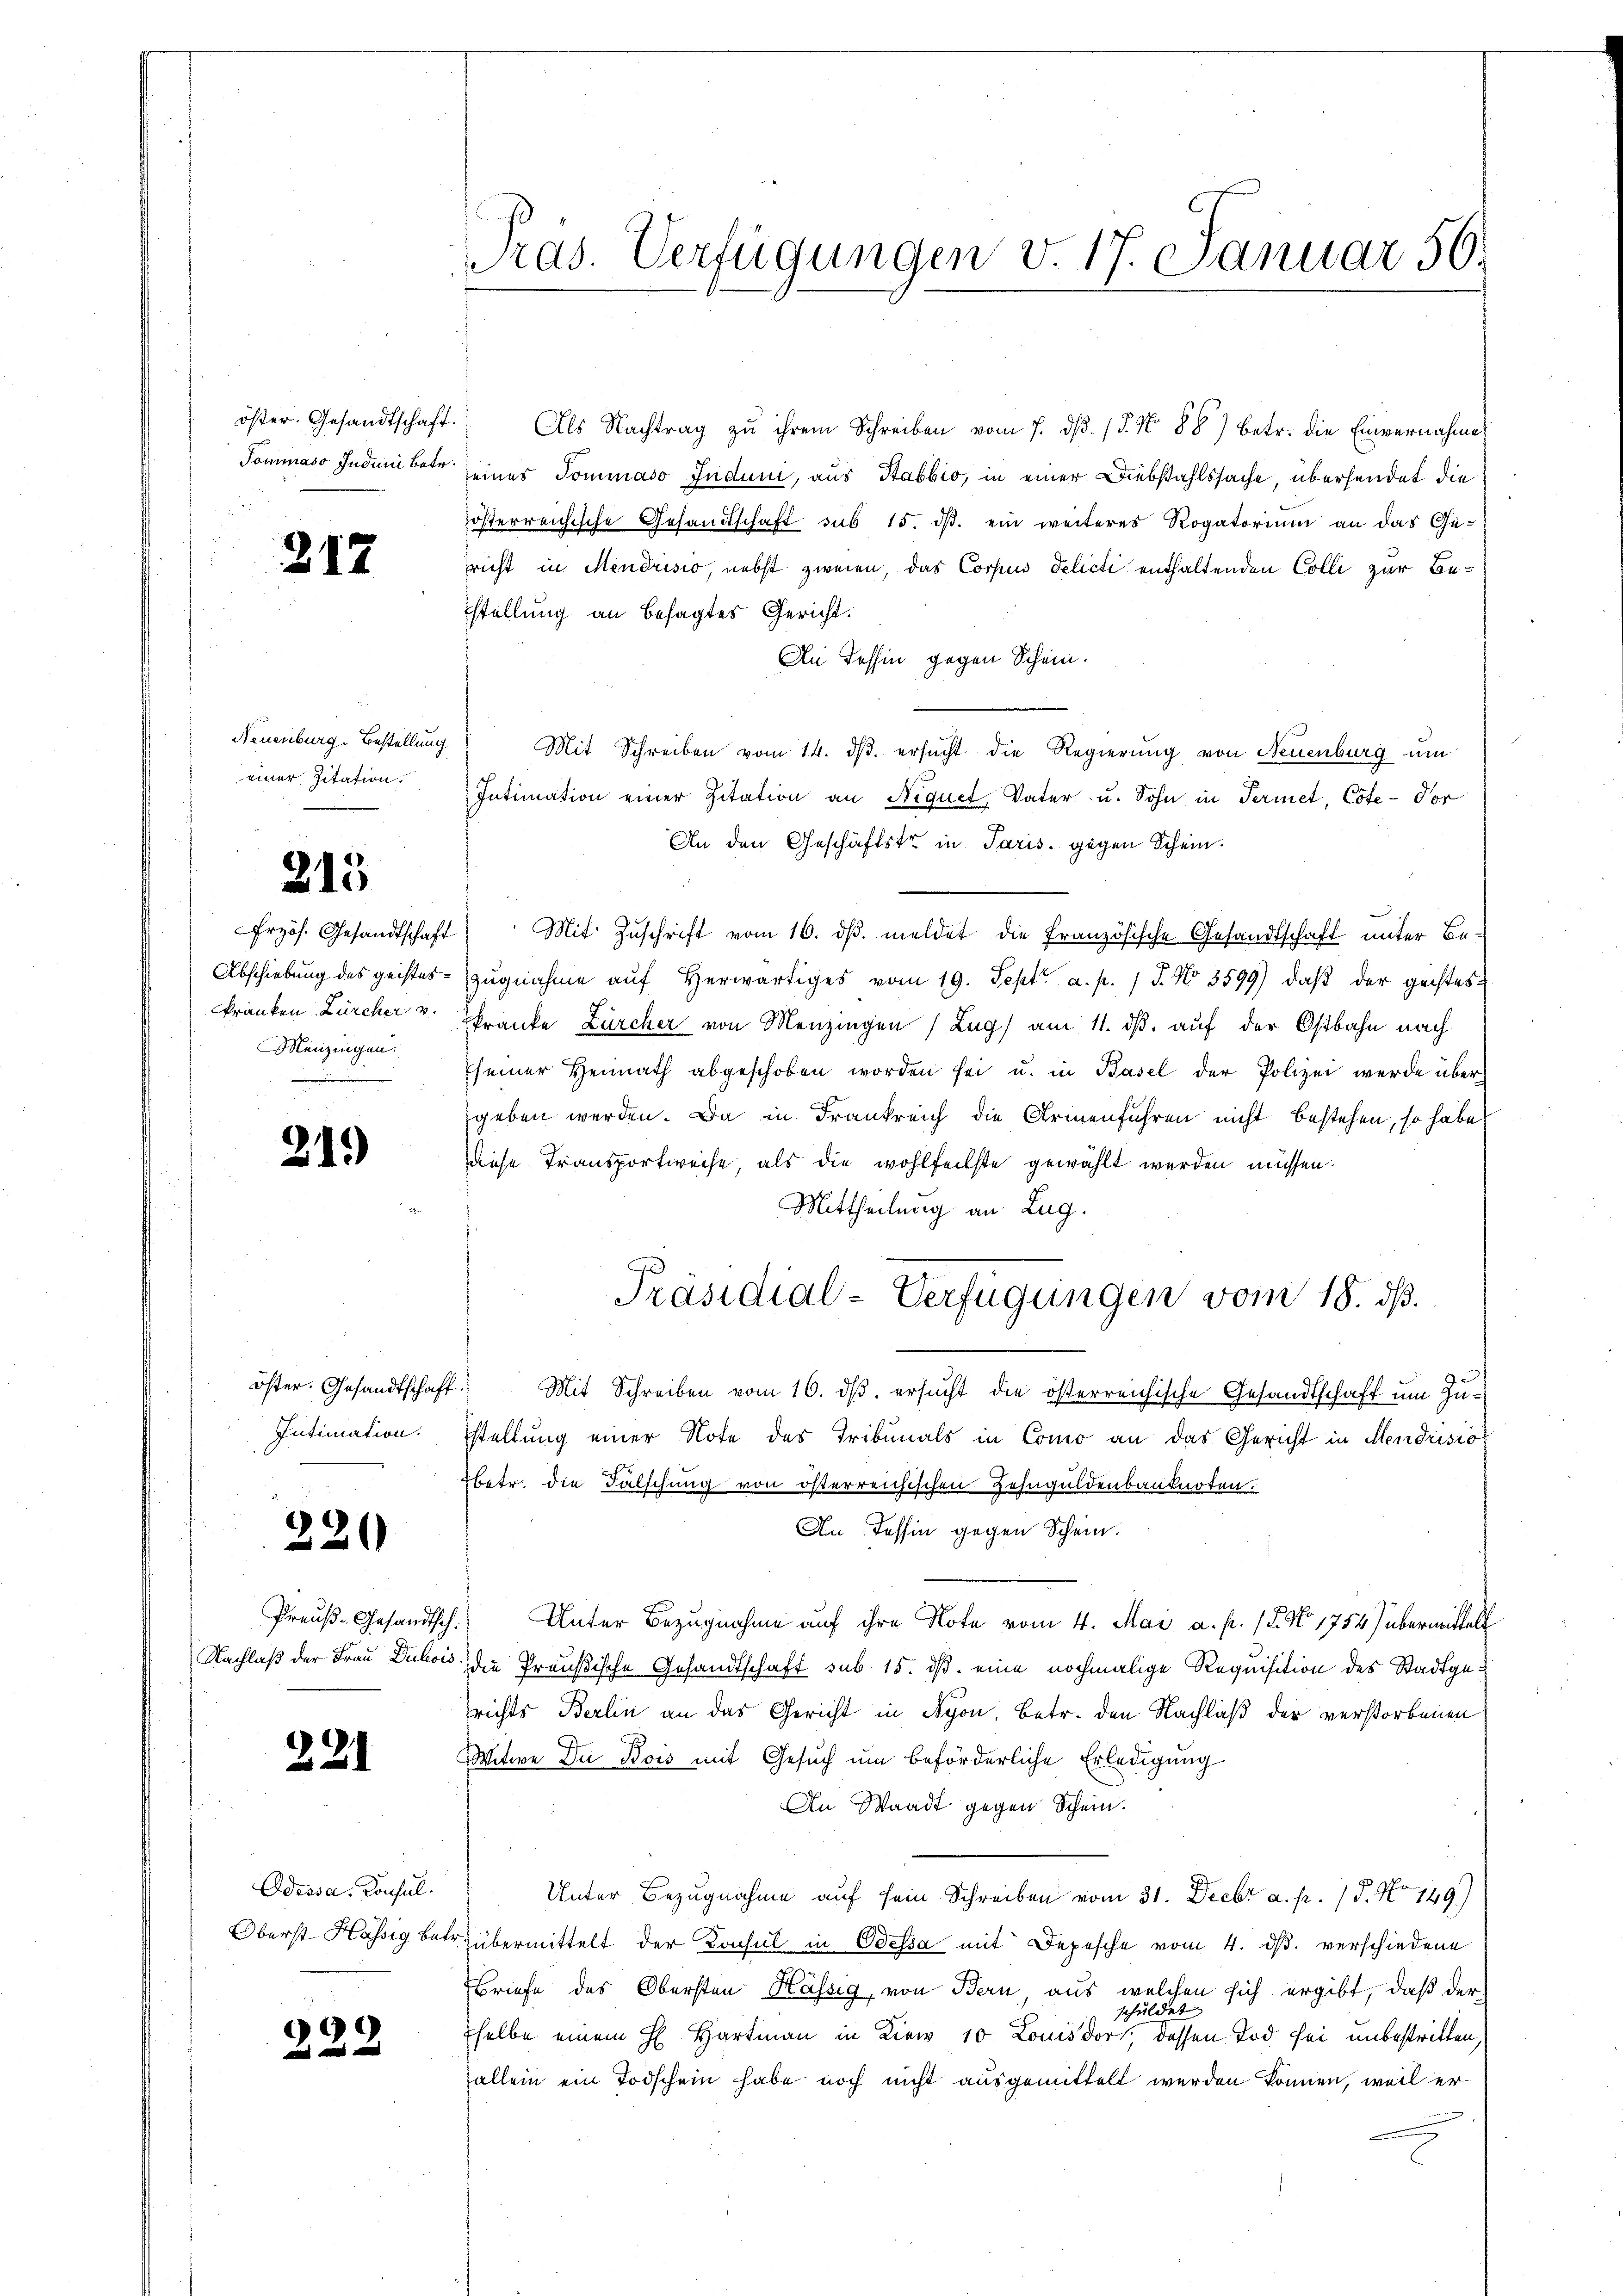
öster. Gesandtschaft.
Tommaso Juduni betr.

217

Neuenburg. Bestellung
einer Zitation.

215

Erzös. Gesandtschaft
Abschiebung des geistes
kranken Zürcher v
Menzingen.

219)

öster. Gesandtschaft
Intimation.

220

Preuß. Gesandtsch
Nachlaß der Frau Dubois

221

Odessa, Consul
Oberst Hässig bete

322

Pras. Verfügungen v. 17. Januar 50.

Als Nachtrag zu ihrem Schreiben vom 7. dβ. / 5. No 88) betr. die Einvernahme
seines Sommaso Judum, aus Stabbio, in einer Diebstahlssache, übersendet die
zösterreichische Gesandtschaft sub 15. ds. ein weiteres Rogatorium an das Ge-
sricht in Mendrisio, nebst zweien, das Corpus Delicti enthaltenden Colli zur Bestellung an besagtes Gericht.
An Tessin gegen Schein.
Mit Schreiben vom 14. ds. ersucht die Regierung von Neuenburg um
Intimation einer Zitation an Niquet, Vater u. Sohn in Termet, Cote-Vor
An den Geschäftstr in Paris gegen Schein.
Mit Zuschrift vom 16. dβ. meldet die französische Gesandtschaft unter Bezugnahme aŭf herwärtiges vom 19. Sept. a. p. 1 J. No 3599) daß der geistes:
kränke Zürcher von Menzingen (Lug) am 11. ds. auf der Ostbahn nach
seiner Heimath abgeschoben worden sei u. in Basel der Polizei werde über
geben werden. Da in Frankreich die Armenführen nicht bestehen, so habe
diese Transportweise, als die wohlfeilste gewählt werden müssen.
Mittheilung an Lug.
Präsidial-Verfügungen vom 18. dß.
Mit Schreiben vom 16. ds. ersucht die österreichische Gesandtschaft um Zustellung einer Note des Tribunals in Como an das Gericht in Mendrisio
betr. die Falschung von österreichischen Zehnguldenbanknoten.
An Tessin gegen Schein.
Unter Bezugnahme auf ihre Note vom 4. Mai a. p. 15. No 1754) übermittelt
die Preußische Gesandtschaft sub 15. ds. eine nochmalige Requisition des Stadtgerichts Berlin an das Gericht in Nyon, Betr. den Nachlaß der verstorbenen
Witwe Du Bois mit Gesuch um beförderliche Erledigung
An Waadt gegen Schein.
Unter Bezugnahme auf sein Schreiben vom 31. Decbr a. p. 15. No 149)
Zübermittelt der Konsul in Odessa mit Depesche vom 4. ds. verschiedene
Briefe des Obersten Kässig, von Bern, aus welchen sich ergibt, daß der
schuldet |
selbe einem H. Hartmann in Kiew 10 Louisdor, dessen Tod sei unbestritten,
allein ein Todschein habe noch nicht ausgemittelt werden können, weil er